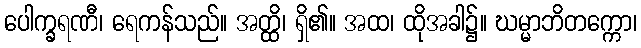
ပေါက္ခရဏီ၊ ရေကန်သည်။ အတ္ထိ၊ ရှိ၏။ အထ၊ ထိုအခါ၌။ ဃမ္မာဘိတက္ကော၊